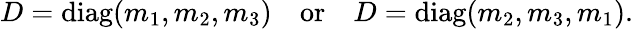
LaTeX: D=\mathrm{diag}(m_{1},m_{2},m_{3})\quad\mathrm{or}\quad D=\mathrm{diag}(m_{2},m_{3},m_{1}).